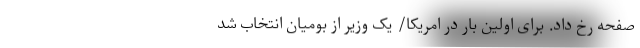
صفحه رخ داد. برای اولین بار در امریکا/ یک وزیر از بومیان انتخاب شد